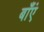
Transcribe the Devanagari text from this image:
बाँएं